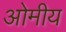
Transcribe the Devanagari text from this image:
ओमीय